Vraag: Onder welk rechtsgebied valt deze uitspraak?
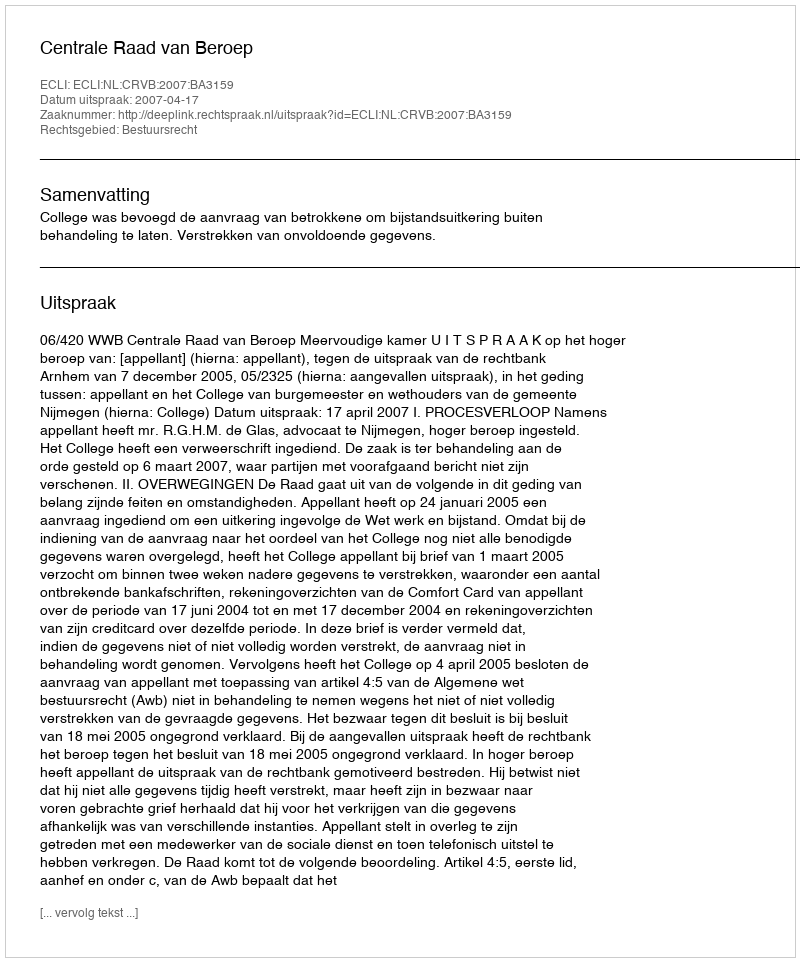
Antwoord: Bestuursrecht